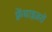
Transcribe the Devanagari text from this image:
फ़्रेंचाइज़रों